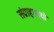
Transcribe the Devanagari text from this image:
संग्राहालयो